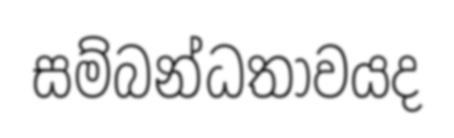
සම්බන්ධතාවයද